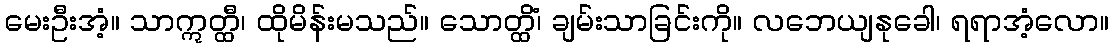
မေးဦးအံ့။ သာဣတ္ထီ၊ ထိုမိန်းမသည်။ သောတ္ထိံ၊ ချမ်းသာခြင်းကို။ လဘေယျနုခေါ၊ ရရာအံ့လော။